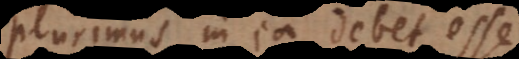
plurimus in ea debet esse